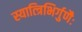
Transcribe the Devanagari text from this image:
स्यात्त्रिभिर्गुणैः